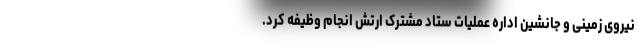
نیروی زمینی و جانشین اداره عملیات ستاد مشترک ارتش انجام وظیفه کرد.